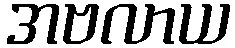
အဗလာယ